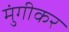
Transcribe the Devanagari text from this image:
मुंगीकर